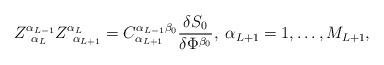
LaTeX: \begin{align*}Z_{\;\;\alpha _L}^{\alpha _{L-1}}Z_{\;\;\alpha _{L+1}}^{\alpha_L}=C_{\alpha _{L+1}}^{\alpha _{L-1}\beta _0}\frac{\delta S_0}{\delta \Phi^{\beta _0}},\;\alpha _{L+1}=1,\ldots ,M_{L+1},\end{align*}